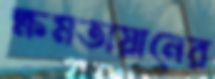
ক্ষমতায়ানের